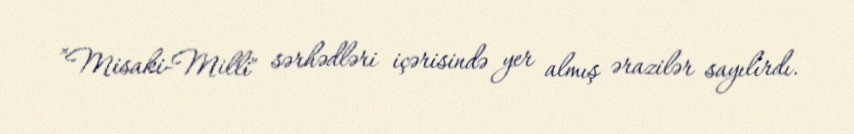
”Misaki-Milli" sərhədləri içərisində yer almış ərazilər sayılırdı.